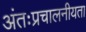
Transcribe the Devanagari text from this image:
अंतःप्रचालनीयता